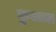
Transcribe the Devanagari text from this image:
कु़ळात